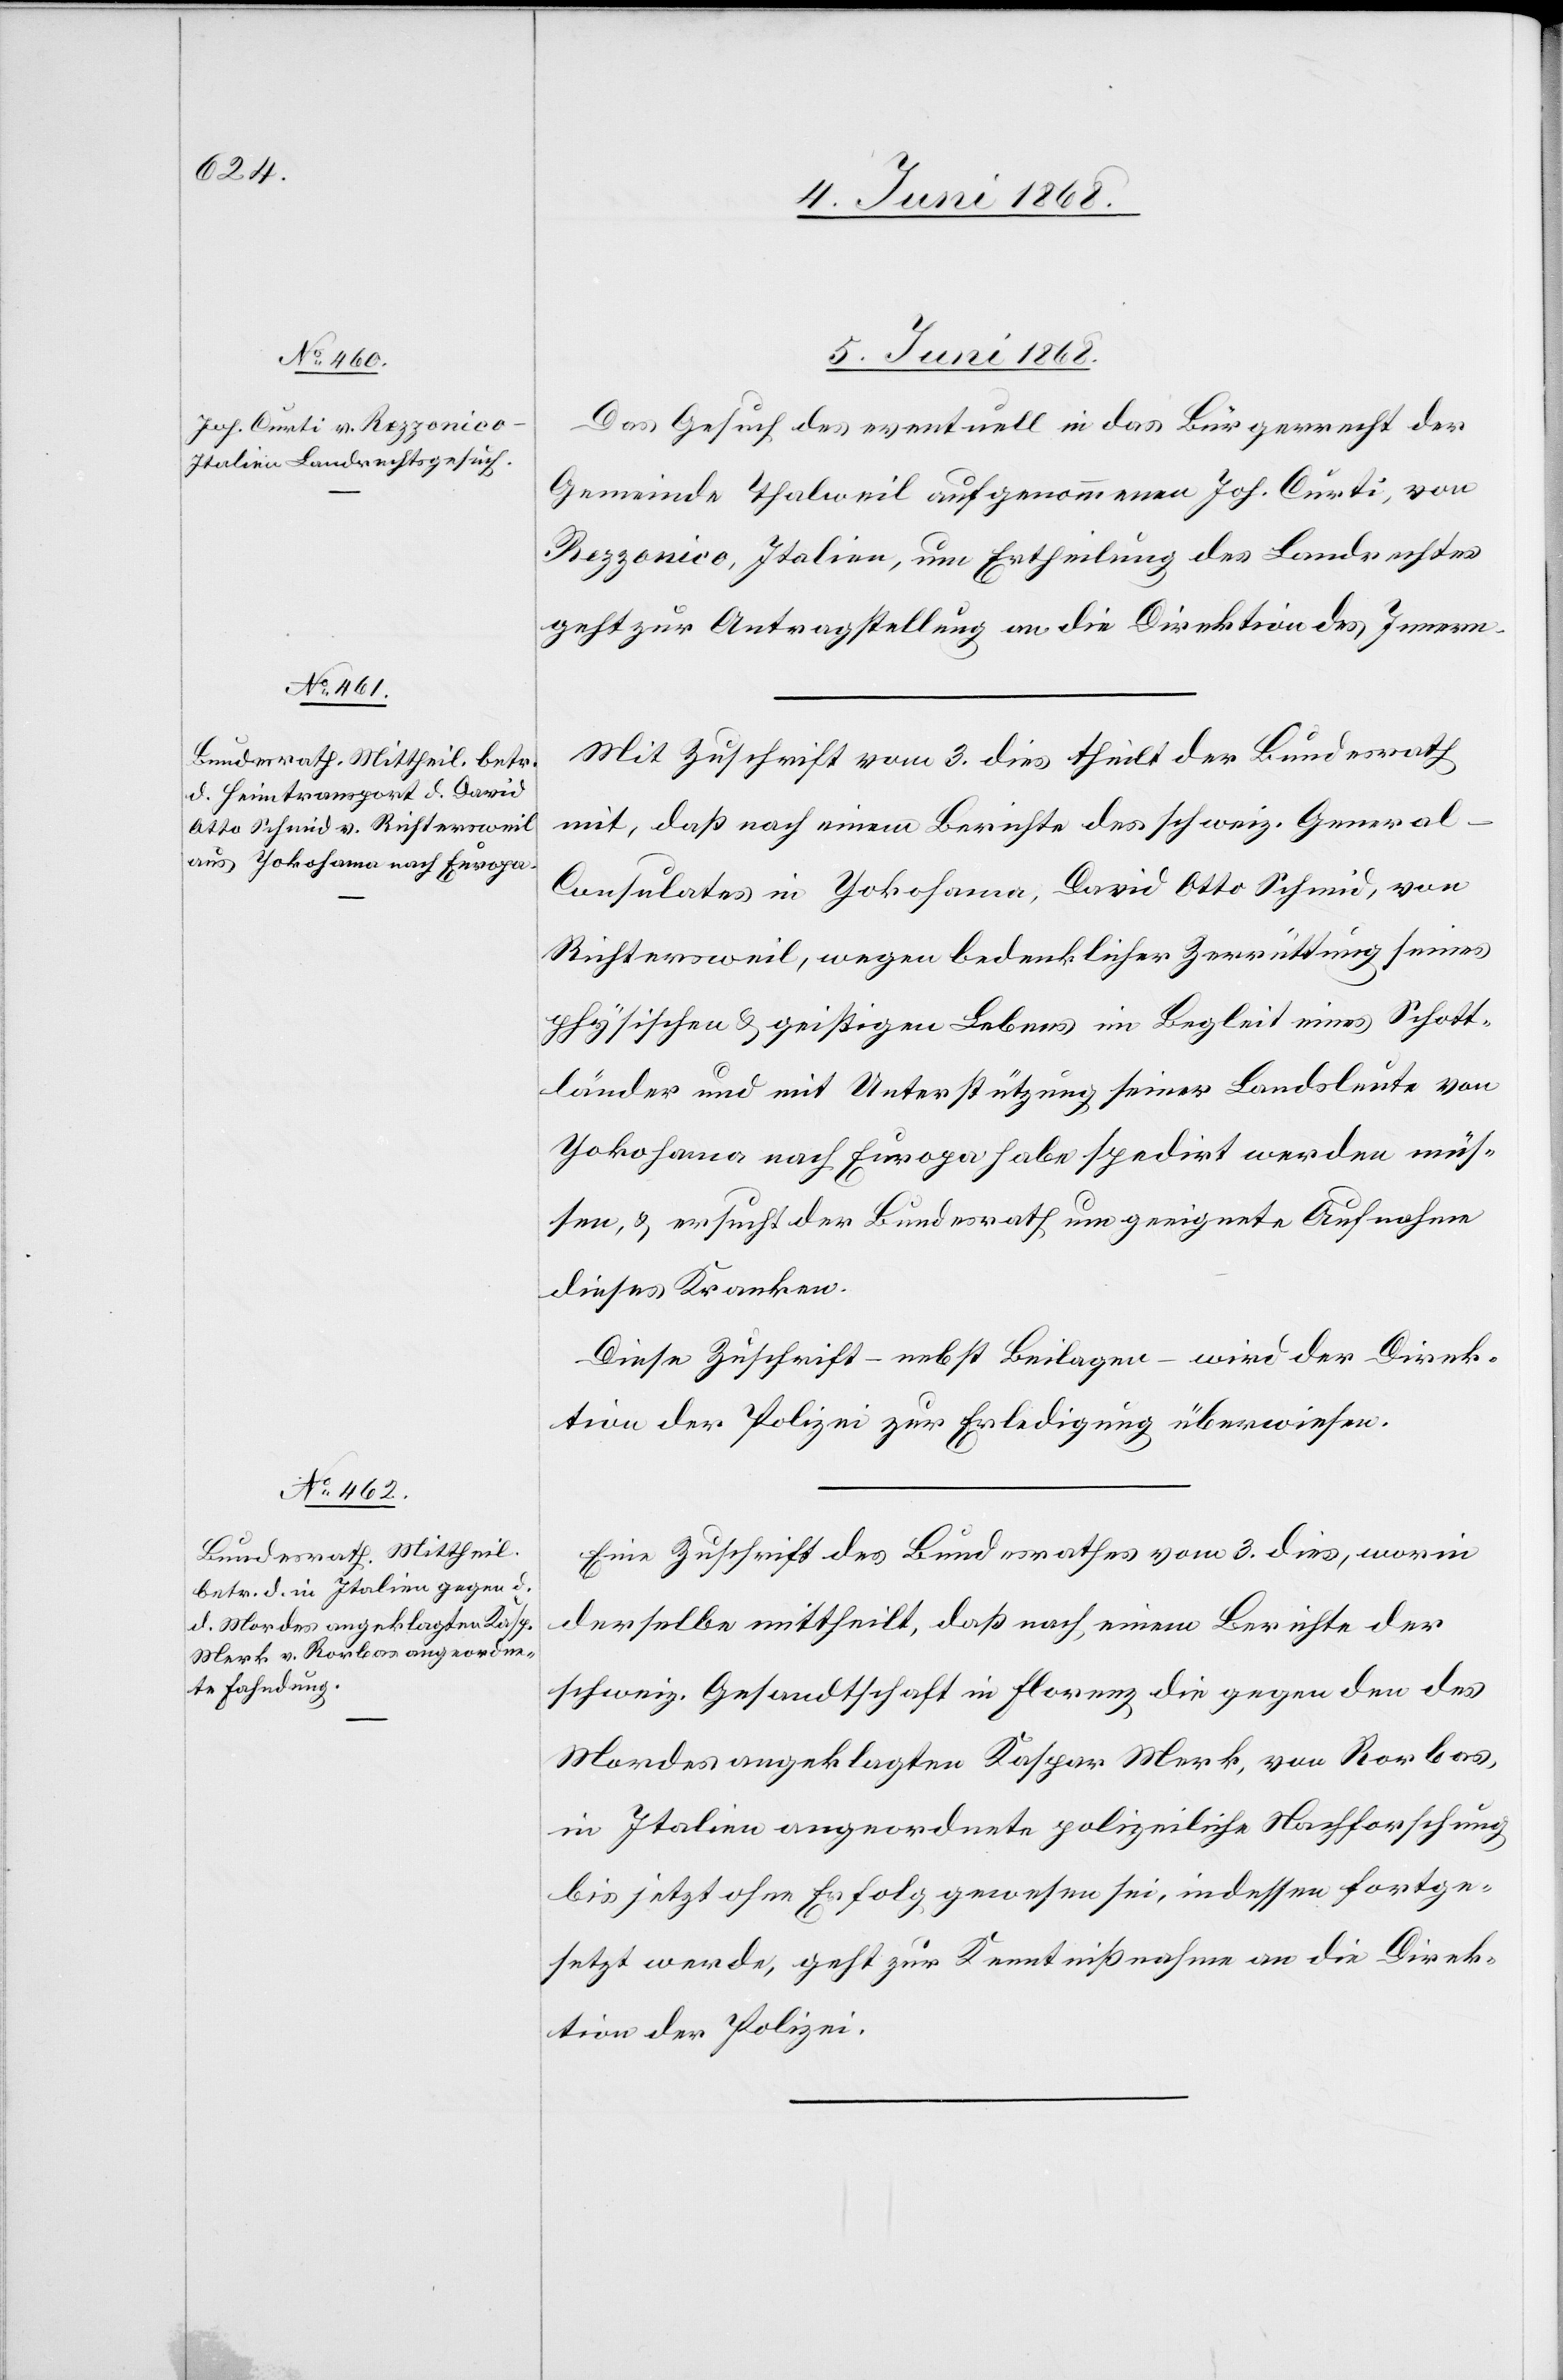
5. Juni 1868.]
Das Gesuch des eventuell in das Bürgerrecht der
Gemeinde Thalweil aufgenommenen Joh. Curti, von
Rezzonico, Italien, um Ertheilung des Landrechtes
geht zur Antragstellung an die Direktion des Innern.
Mit Zuschrift vom 3. dies theilt der Bundesrath
mit, daß nach einem Berichte des schweiz. General-C¬
onsulates in Yokohama, David Otto Schmid, von
Richtersweil, wegen bedenklicher Zerrüttung seines
physischen & geistigen Lebens im Begleit eines Schott¬
länder und mit Unterstützung seiner Landsleute von
Yokohama nach Europa habe spedirt werden müs¬
sen, & ersucht der Bundesrath um geeignete Aufnahme
dieses Kranken.
Diese Zuschrift – nebst Beilagen – wird der Direk¬
tion der Polizei zur Erledigung überwiesen.
Eine Zuschrift des Bundesrathes vom 3. dies, worin
derselbe mittheilt, daß nach einem Berichte der
schweiz. Gesandtschaft in Florenz die gegen den des
Mordes angeklagten Kaspar Merk, von Rorbas,
in Italien angeordnete polizeiliche Nachforschung
bis jetzt ohne Erfolg gewesen sei, indessen fortge¬
setzt werde, geht zur Kenntnißnahme an die Direk¬
tion der Polizei.